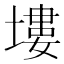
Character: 塿